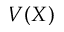
V ( X )